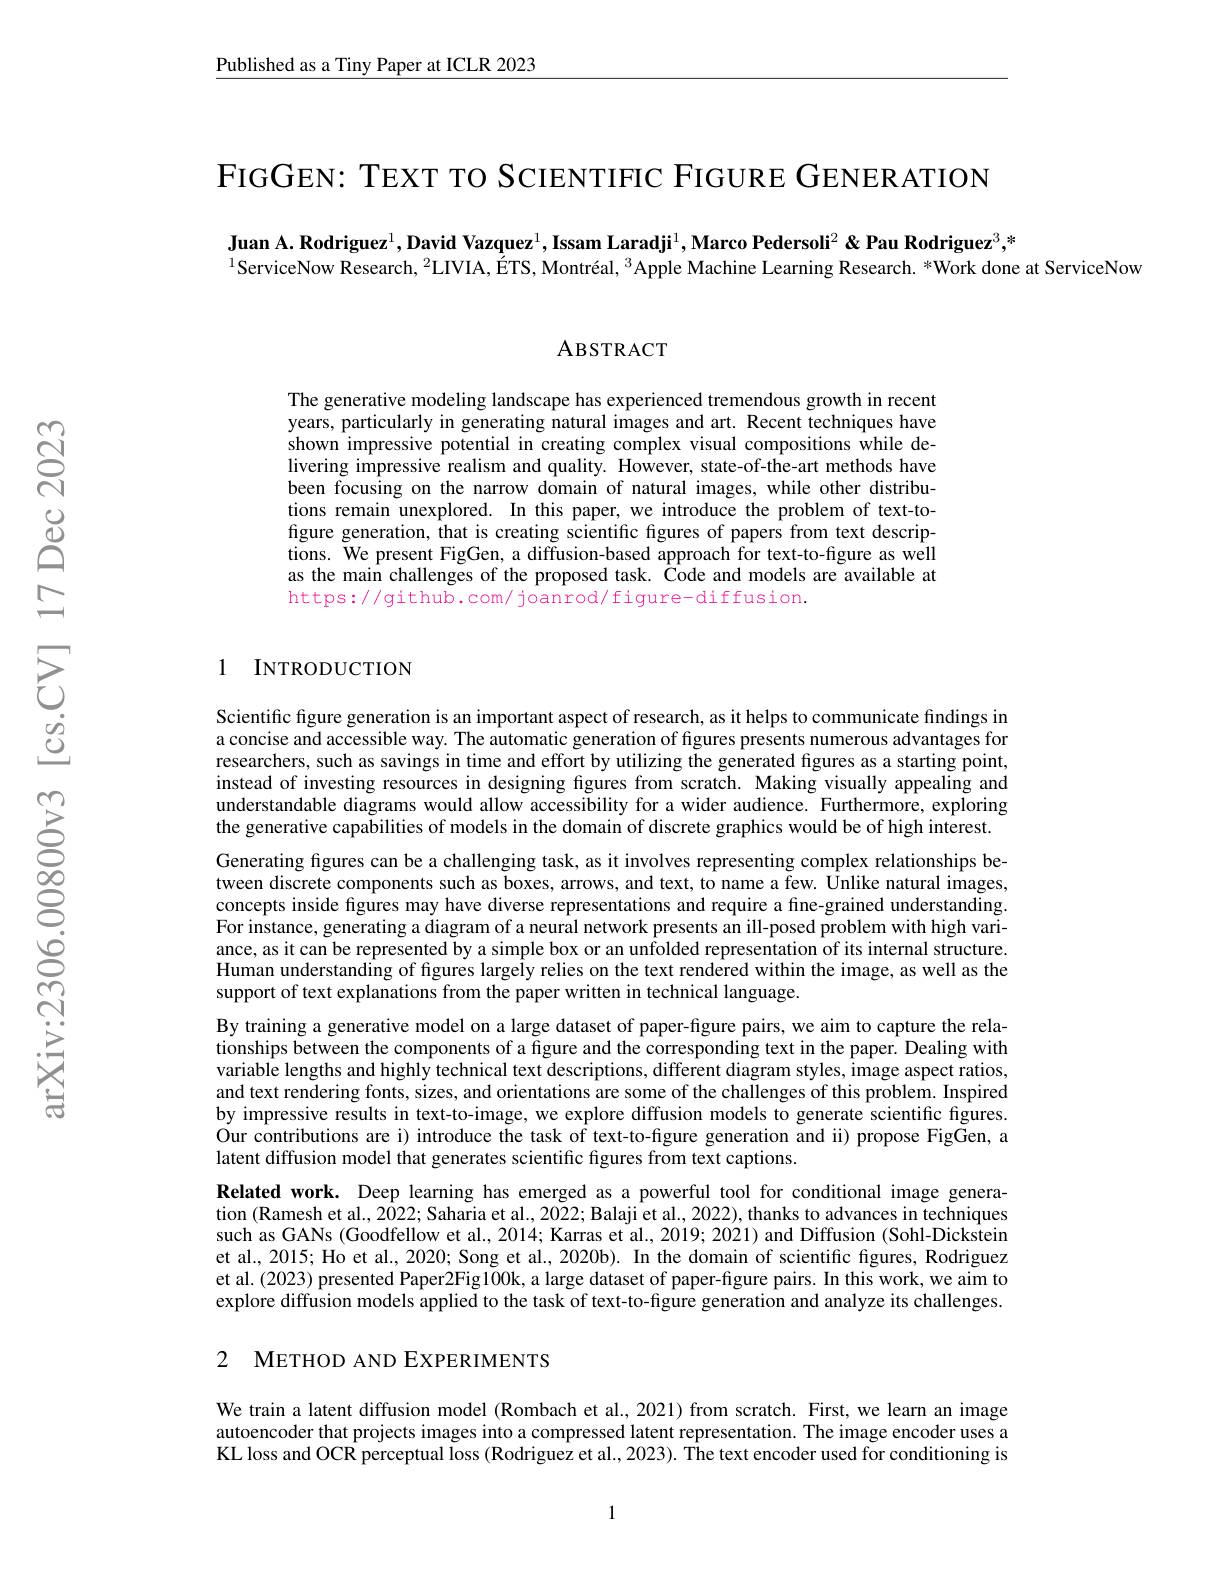
Published as a Tiny Paper at ICLR 2023

FIGGEN: TEXT TO SCIENTIFIC FIGURE GENERATION

Juan A. Rodriguez$^1,\text{David Vazquez}^1,\text{Issam Laradji}^1$,Marco Pedersoli$^2\&\textbf{Pau Rodriguez}^3;^*$
$^{1}$ServiceNow Research, $^{2}$LIVIA, ÉTS, Montréal, $^{3}$Apple Machine Learning Research. *Work done at ServiceNow

ABSTRACT

The generative modeling landscape has experienced tremendous growth in recent years, particularly in generating natural images and art. Recent techniques have shown impressive potential in creating complex visual compositions while delivering impressive realism and quality. However, state-of-the-art methods have been focusing on the narrow domain of natural images, while other distributions remain unexplored. In this paper, we introduce the problem of text-tofigure generation, that is creating scientific figures of papers from text descriptions. We present FigGen, a diffusion-based approach for text-to-figure as well as the main challenges of the proposed task. Ôode and models are available at https://github.com/joanrod/figure-diffusion.

1 INTRODUCTION

Scientific figure generation is an important aspect of research, as it helps to communicate findings in a concise and accessible way. The automatic generation of figures presents numerous advantages for researchers, such as savings in time and effort by utilizing the generated figures as a starting point, instead of investing resources in designing figures from scratch. Making visually appealing and understandable diagrams would allow accessibility for a wider audience. Furthermore, exploring the generative capabilities of models in the domain of discrete graphics would be of high interest. Generating fgures can be a challenging task, as it involves representing complex relationships between discrete components such as boxes, arrows, and text, to name a few. Unlike natural images, concepts inside figures may have diverse representations and require a fine-grained understanding. For instance, generating a diagram of a neural network presents an ill-posed problem with high variance, as it can be represented by a simple box or an unfolded representation of its internal structure. Human understanding of figures largely relies on the text rendered within the image, as well as the support of text explanations from the paper written in technical language.
By training a generative model on a large dataset of paper-figure pairs, we aim to capture the relationships between the components of a figure and the corresponding text in the paper. Dealing with variable lengths and highly technical text descriptions, different diagram styles, image aspect ratios, and text rendering fonts, sizes, and orientations are some of the challenges of this problem. Inspired by impressive results in text-to-image, we explore diffusion models to generate scientific figures. $\hat{\text{Our contributions are i) introduce the task of text-to-figure generation and ii) propose FigGen, a}}$ latent diffusion model that generates scientific figures from text captions.
Related work. Deep learning has emerged as a powerful tool for conditional image generation (Ramesh et al., 2022; Saharia et al., 2022; Balaji et al., 2022), thanks to advances in techniques such as GANs (Goodfellow et al., 2014; Karras et al., 2019; 2021) and Diffusion (Sohl-Dickstein et al., 2015; Ho et al., 2020; Song et al., 2020b). In the domain of scientific figures, Rodriguez et al. (2023) presented Paper2Fig100k, a large dataset of paper-figure pairs. In this work, we aim to explore diffusion models applied to the task of text-to-figure generation and analyze its challenges.

## 2 METHOD AND EXPERIMENTS

We train a latent diffusion model (Rombach et al, 2021) from scratch. First, we learn an image autoencoder that projects images into a compressed latent representation. The image encoder uses a KL loss and OCR perceptual Ioss (Rodriguez et al., 2023). The text encoder used for conditioning is

1